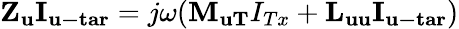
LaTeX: \begin{array}{r}{{{\mathbf{Z}}_{\mathbf{u}}}{{\mathbf{I}}_{{\mathbf{u-tar}}}}=j\omega({{\mathbf{M}}_{{\mathbf{uT}}}}{I_{Tx}}+{{\mathbf{L}}_{{\mathbf{uu}}}}{{\mathbf{I}}_{{\mathbf{u-tar}}}})}\end{array}